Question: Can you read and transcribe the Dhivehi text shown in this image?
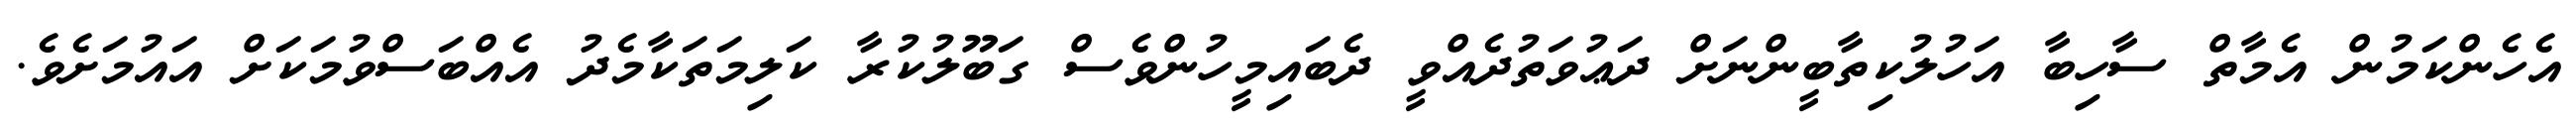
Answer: އެހެންކަމުން އެމާތް ސާހިބާ އަހުލުކިތާބީންނަށް ދަޢުވަތުދެއްވީ ދެބައިމީހުންވެސް ގަބޫލުކުރާ ކަލިމަތަކާމެދު އެއްބަސްވުމަކަށް އައުމަށެވެ.